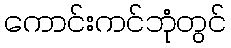
ကောင်းကင်ဘုံတွင်